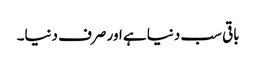
باقی سب دنیا ہے اور صرف دنیا۔